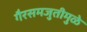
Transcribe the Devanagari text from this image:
गैरसमजुतीमुळे